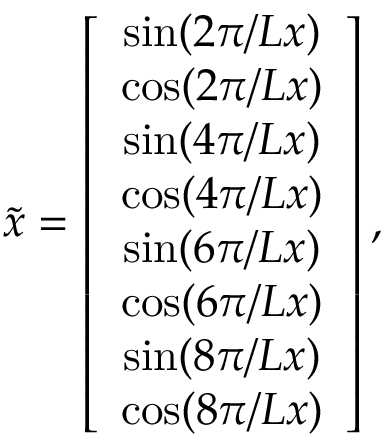
\tilde { x } = \left[ \begin{array} { c } { \sin ( 2 \pi / L x ) } \\ { \cos ( 2 \pi / L x ) } \\ { \sin ( 4 \pi / L x ) } \\ { \cos ( 4 \pi / L x ) } \\ { \sin ( 6 \pi / L x ) } \\ { \cos ( 6 \pi / L x ) } \\ { \sin ( 8 \pi / L x ) } \\ { \cos ( 8 \pi / L x ) } \end{array} \right] ,